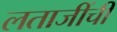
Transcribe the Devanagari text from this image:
लताजींची